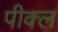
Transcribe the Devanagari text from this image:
पीक्ल